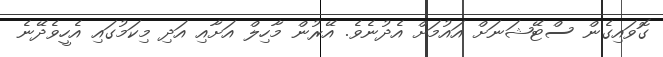
ގޮވައިގެން ސްޓޭޝަނަށް އައުމަށް އެދުނެވެ. އޭރުން މާހިލް އަށާއި އަދި މިކަމުގައި އެހީވެދޭނެ